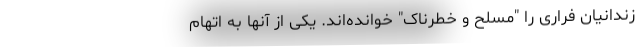
زندانیان فراری را "مسلح و خطرناک" خوانده‌اند. یکی از آنها به اتهام